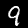
Label: 9